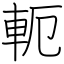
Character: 軛